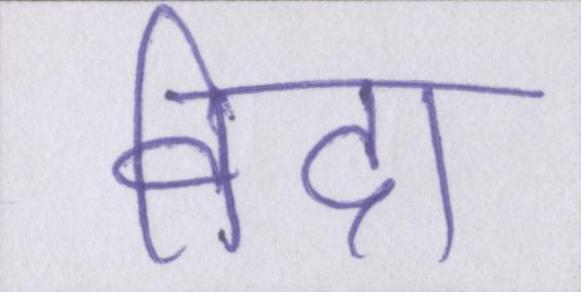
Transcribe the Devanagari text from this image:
विदा